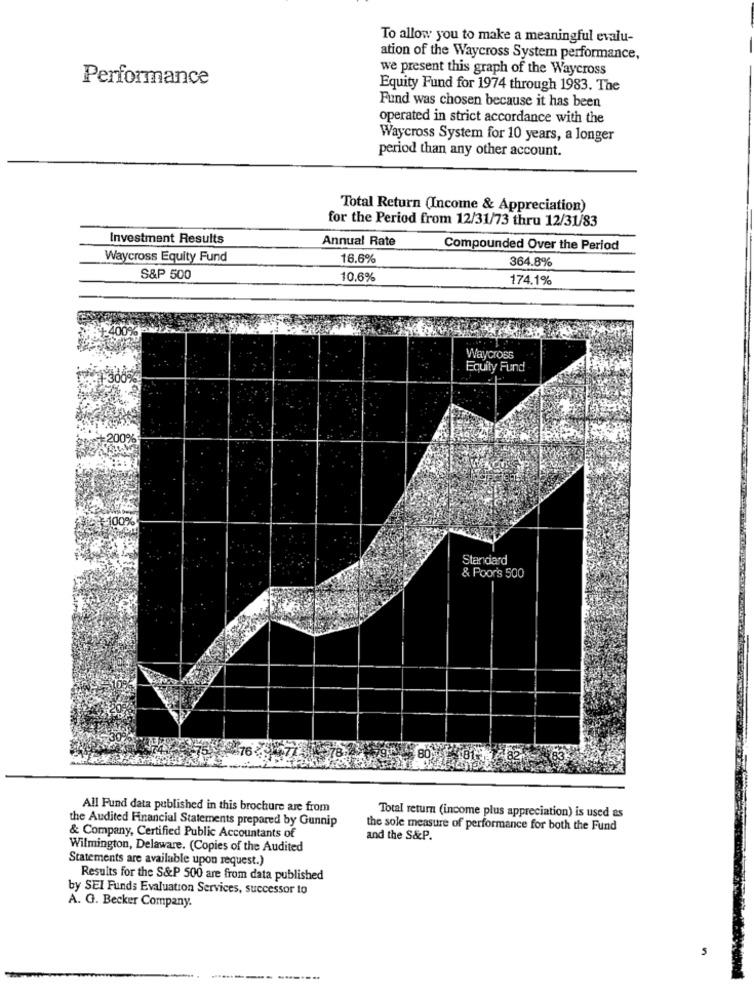
To allow you to make a meaningful evalu-
ation of the Waycross System performance,
we present this graph of the Waycross
Performance
Equity Fund for 1974 through 1983. The
Fund was chosen because it has been
operated in strict accordance with the
Waycross System for 10 years, a longer
period than any other account.
Total Return (Income & Appreciation)
for the Period from 12/31/73 thru 12/31/83
Investment Results
Annual Rate
Compounded Over the Period
Waycross Equity Fund
16.6%
364.8%
S&P 500
10.6%
174.1%
+400%
Waycross
Equity Fund
Standard
& Poor's 500
All Fund data published in this brochure are from
the Audited Financial Statements prepared by Gunnip
Total return (income plus appreciation) is used as
the sole measure of performance for both the Fund
& Company, Certified Public Accountants of
and the S&P.
Wilmington, Delaware. (Copies of the Audited
Statements are available upon request.)
Results for the S&P 500 are from data published
by SEI Funds Evaluation Services, successor to
A. G. Becker Company.
5